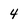
Character: 4